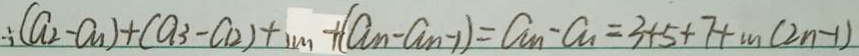
\therefore ( a _ { 2 } - a _ { 1 } ) + ( a _ { 3 } - a _ { 2 } ) + \cdots + ( a _ { n } - a _ { n - 1 } ) = a _ { n } - a _ { 1 } = 3 + 5 + 7 + \cdots ( 2 n - 1 )